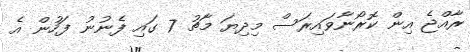
ރާއްޖެ އިން ކޮރޯނާވައިރަސް މިދިޔަ މާޗު 7 ގައި ފެނުނު ފަހުން އެ